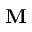
\bf M